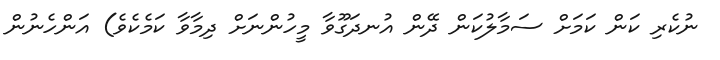
ނުކެރި ކަން ކަމަށް ސަމާލުކަން ދޭން އުނދަގޫވާ މީހުންނަށް ދިމާވާ ކަމެކެވެ) އަންހެނުން